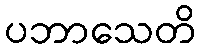
ပဘာသေတိ